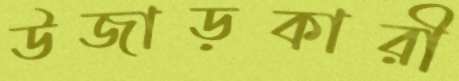
উজাড়কারী